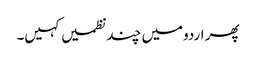
پھر اردومیں چند نظمیں کہیں۔